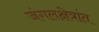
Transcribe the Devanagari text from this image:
जंगलक्षेत्रांत